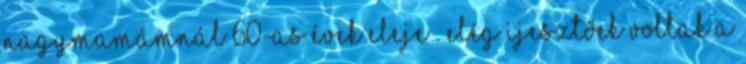
nagymamámnál 60-as évek eleje . Elég ijesztőek voltak a